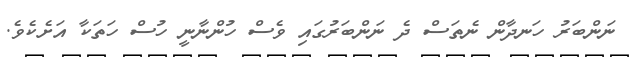
ނަންބަރު ހަނދާން ނެތަސް ދެ ނަންބަރުގައި ވެސް ހުންނާނީ ހުސް ހަތަކާ އަށެކެވެ.